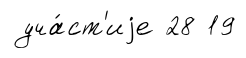
уча́ст'иjе 28 19